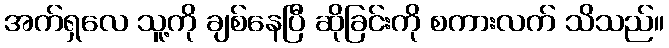
အက်ရှလေ သူ့ကို ချစ်နေပြီ ဆိုခြင်းကို စကားလက် သိသည်။